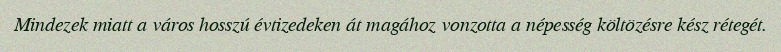
Mindezek miatt a város hosszú évtizedeken át magához vonzotta a népesség költözésre kész rétegét.